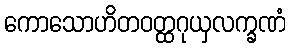
ကောသောဟိတဝတ္ထဂုယှလက္ခဏံ